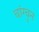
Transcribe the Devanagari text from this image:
चांग्चुन